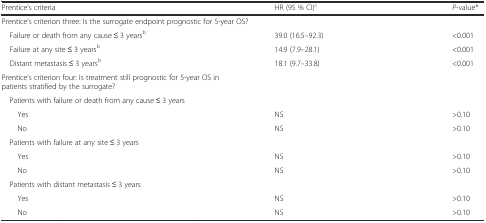
| Prentice’s criteria | HR (95 % CI)c | P-value* |
 | --- | --- | --- |
 | <COLSPAN=3> Prentice’s criterion three: Is the surrogate endpoint prognostic for 5-year OS? |
 | Failure or death from any cause ≤ 3 yearsb | 39.0 (16.5–92.3) | <0.001 |
 | Failure at any site ≤ 3 yearsb | 14.9 (7.9–28.1) | <0.001 |
 | Distant metastasis ≤ 3 yearsb | 18.1 (9.7–33.8) | <0.001 |
 | <COLSPAN=3> Prentice’s criterion four: Is treatment still prognostic for 5-year OS in patients stratified by the surrogate? |
 | <COLSPAN=3> Patients with failure or death from any cause ≤ 3 years |
 | Yes | NS | >0.10 |
 | No | NS | >0.10 |
 | <COLSPAN=3> Patients with failure at any site ≤ 3 years |
 | Yes | NS | >0.10 |
 | No | NS | >0.10 |
 | <COLSPAN=3> Patients with distant metastasis ≤ 3 years |
 | Yes | NS | >0.10 |
 | No | NS | >0.10 |